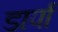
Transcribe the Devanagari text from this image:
डार्पा